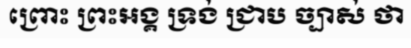
ព្រោះ ព្រះអង្គ ទ្រង់ ជ្រាប ច្បាស់ ថា